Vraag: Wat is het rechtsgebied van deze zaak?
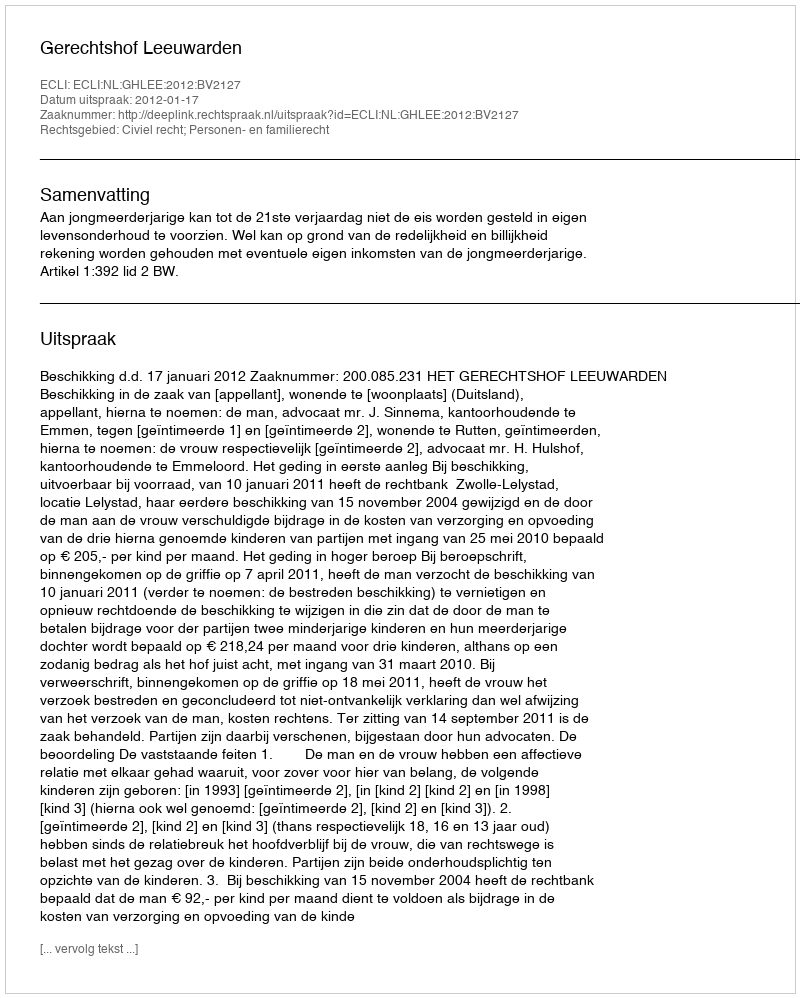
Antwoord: Civiel recht; Personen- en familierecht